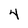
Character: 4